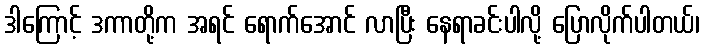
ဒါကြောင့် ဒကာတို့က အရင် ရောက်အောင် လာပြီး နေရာခင်းပါလို့ ပြောလိုက်ပါတယ်၊